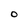
Character: O